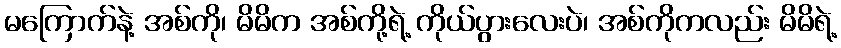
မကြောက်နဲ့ အစ်ကို၊ မိမိက အစ်ကို့ရဲ့ ကိုယ်ပွားလေးပဲ၊ အစ်ကိုကလည်း မိမိရဲ့